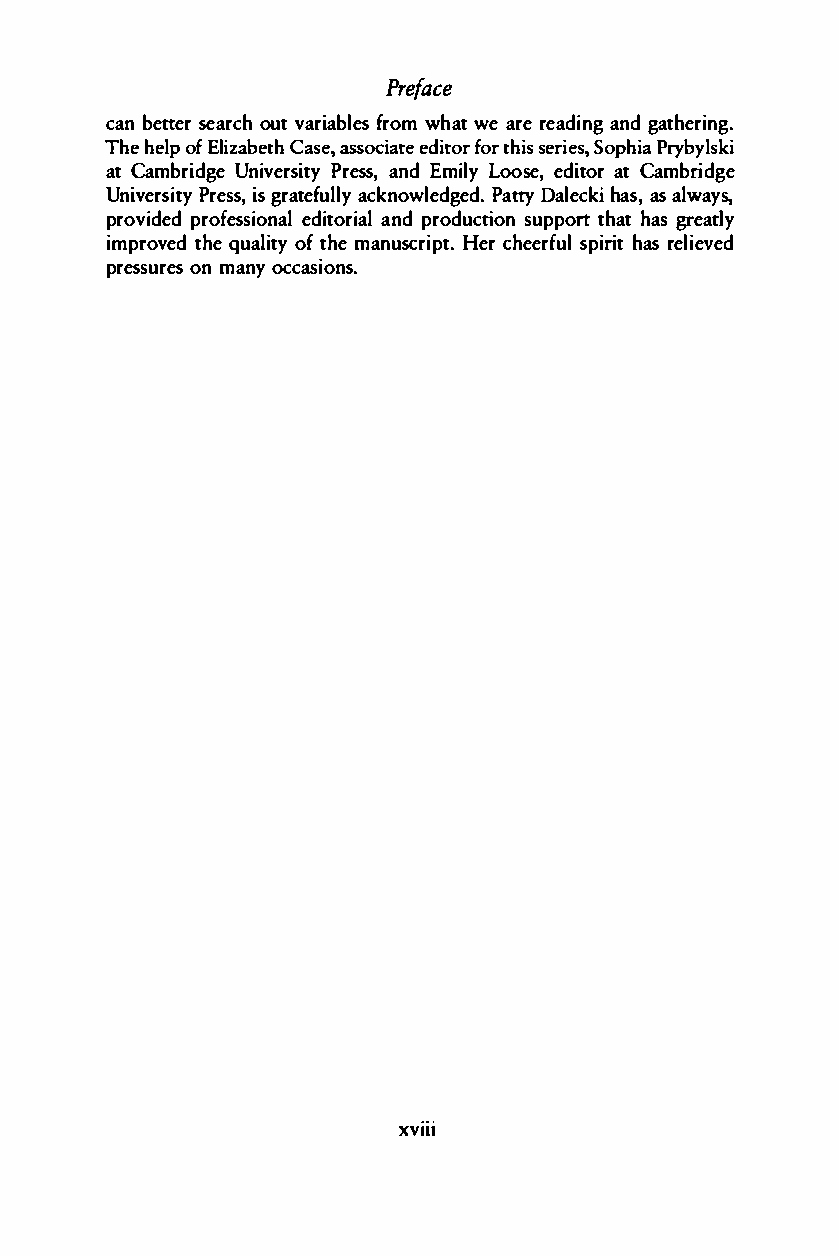
Preface
 canb ettesre arocuhtv ariabflreosmw hatw ea rer eadianngdg a thering.
 Theh epl ofE lizaCbaestasehso, c ieadtieft ootrrh siesr ies,P rySboyplhsikai
 atC ambridUgnei verPsrietsyas n,d E milLyo osee,d itaotrC ambridge
 UniverPsrietsiyss g, r atefauclklnyo wledPgaettdyD. a lechkaisa ,sa lways,
 providperdo fesseidointaolar nidap lr oductisounp potrth ahta sg ready
 improvtehdeq ualiotfty h em anuscrHieprtc .h eersfpuilrih ta sr elieved
 pressuornme asn yo ccasions.
 xviii